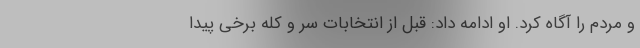
و مردم را آگاه کرد. او ادامه داد: قبل از انتخابات سر و کله برخی پیدا